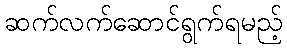
ဆက်လက်ဆောင်ရွက်ရမည့်